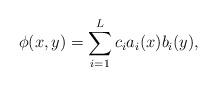
LaTeX: \begin{align*}\phi(x,y)=\sum_{i=1}^L c_i a_i(x)b_i(y),\end{align*}